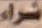
شراء